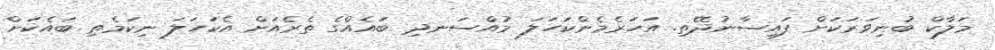
މަލާކް ބުނިވަރަކަށް ފައިސާނުދޭތި. އަހަރެމެންކަހަލަ މުއްސަނދި ބައެއްގެ ތެރެއަށް އެކަހަލަ ނިކަމެތި ބައެކަށް